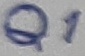
Text: Q1